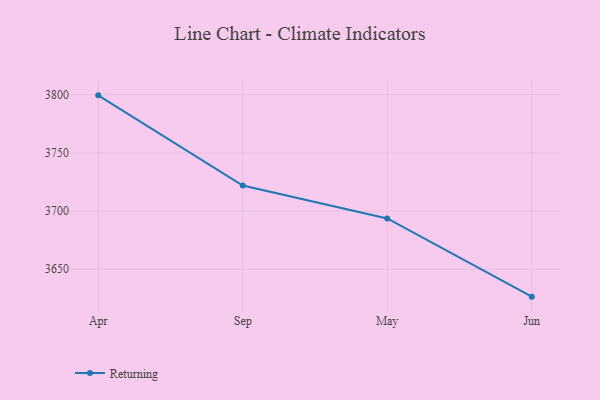
{"axis": {"x": "Month", "y": "Bounce Rate (%)"}, "legend": ["Returning"], "data": [{"x": "Apr", "y": 3799.4, "type": "Returning"}, {"x": "Sep", "y": 3721.9, "type": "Returning"}, {"x": "May", "y": 3693.7, "type": "Returning"}, {"x": "Jun", "y": 3626.5, "type": "Returning"}]}